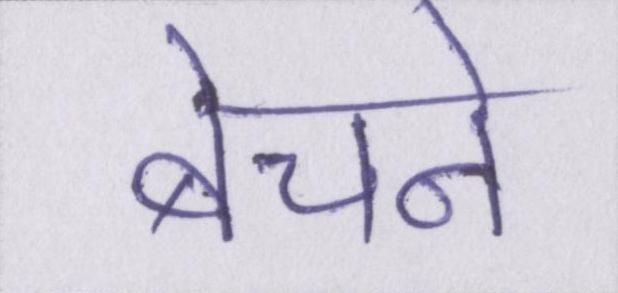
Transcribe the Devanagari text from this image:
बेचने